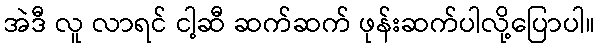
အဲဒီ လူ လာရင် ငါ့ဆီ ဆက်ဆက် ဖုန်းဆက်ပါလို့ပြောပါ။